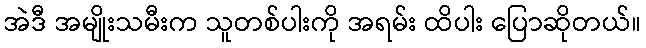
အဲဒီ အမျိုးသမီးက သူတစ်ပါးကို အရမ်း ထိပါး ပြောဆိုတယ်။